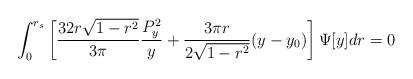
LaTeX: \begin{align*}\int_{0}^{r_{s}} \left[ \frac{32 r\sqrt{1-r^{2}}}{3\pi}\frac{P_{y}^{2}}{y}+ \frac{3\pi r}{2\sqrt{1-r^{2}}} (y - y_{0})\right] \Psi[y] dr = 0\end{align*}